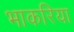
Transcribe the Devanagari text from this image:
भाकरिया